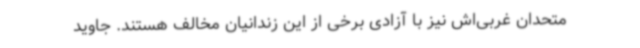
متحدان غربی‌اش نیز با آزادی برخی از این زندانیان مخالف هستند. جاوید